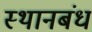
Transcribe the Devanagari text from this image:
स्थानबंध